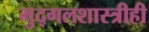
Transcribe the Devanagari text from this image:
मुद्गलशास्त्रीही